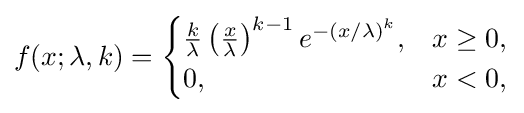
f(x;\lambda ,k)={\begin{cases}{\frac {k}{\lambda }}\left({\frac {x}{\lambda }}\right)^{k-1}e^{-(x/\lambda )^{k}},&x\geq 0,\\0,&x<0,\end{cases}}